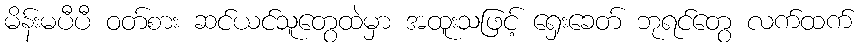
မိန်းမပီပီ ဝတ်စား ဆင်ယင်သူတွေထဲမှာ အထူးသဖြင့် ရှေးခေတ် ဘုရင်တွေ လက်ထက်